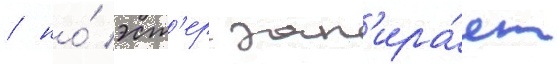
/ но́ эст'ер зап'ира́ет